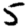
Digit: 5